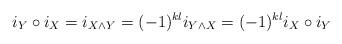
LaTeX: \begin{align*}i_Y\circ i_X = i_{X\wedge Y}=(-1)^{kl}i_{Y\wedge X}=(-1)^{kl}i_X\circ i_Y\end{align*}